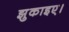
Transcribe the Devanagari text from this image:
झुकाइए।